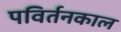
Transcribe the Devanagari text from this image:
पविर्तनकाल